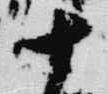
十